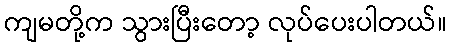
ကျမတို့က သွားပြီးတော့ လုပ်ပေးပါတယ်။